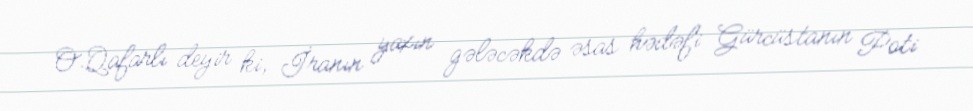
O.Qafarlı deyir ki, İranın yaxın gələcəkdə əsas hədəfi Gürcüstanın Poti